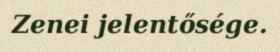
Zenei jelentősége.